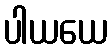
ပါယယေ